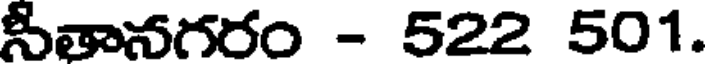
సీతానగరం - 522 501.